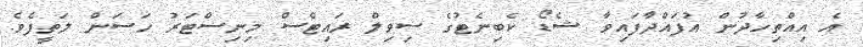
އެ އިއްތިހާދުން އުފައްދާފައިވާ ޝެޑޯ ކެބިނެޓުގެ ސިވިލް ރައިޓްސް މިނިސްޓަރު ހަސަން ލަތީފެވެ.